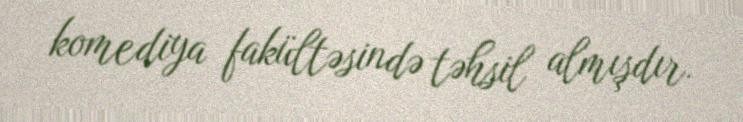
komediya fakültəsində təhsil almışdır.